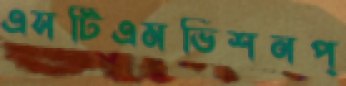
এসটিএমভিশনপ্